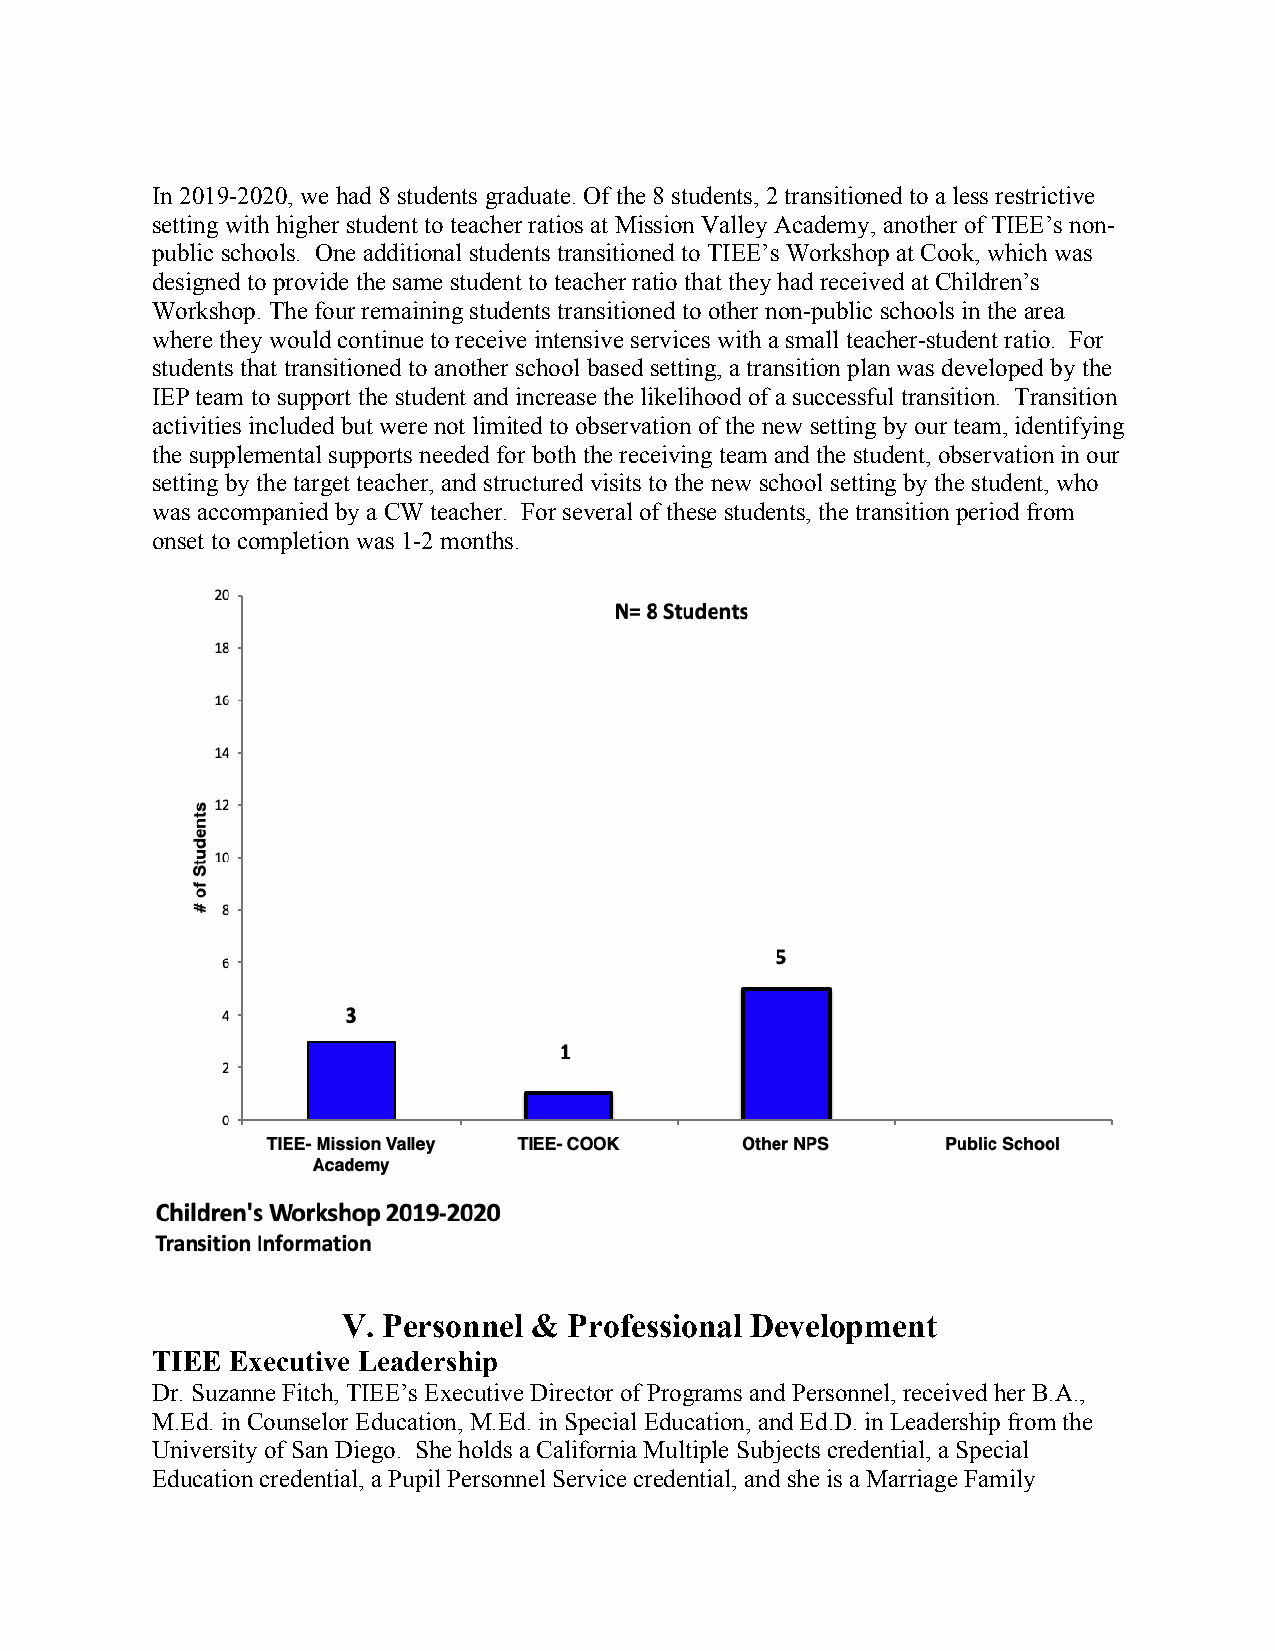
In 2019-2020, we had 8 students graduate. Of the 8 students, 2 transitioned to a less restrictive
 setting with higher student to teacher ratios at Mission Valley Academy, another of TIEE’s non-
 public schools. One additional students transitioned to TIEE’s Workshop at Cook, which was
 designed to provide the same student to teacher ratio that they had received at Children’s
 Workshop. The four remaining students transitioned to other non-public schools in the area
 where they would continue to receive intensive services with a small teacher-student ratio. For
 students that transitioned to another school based setting, a transition plan was developed by the
 IEP team to support the student and increase the likelihood of a successful transition. Transition
 activities included but were not limited to observation of the new setting by our team, identifying
 the supplemental supports needed for both the receiving team and the student, observation in our
 setting by the target teacher, and structured visits to the new school setting by the student, who
 was accompanied by a CW teacher. For several of these students, the transition period from
 onset to completion was 1-2 months.
 V. Personnel & Professional Development
 TIEE Executive Leadership
 Dr. Suzanne Fitch, TIEE’s Executive Director of Programs and Personnel, received her B.A.,
 M.Ed. in Counselor Education, M.Ed. in Special Education, and Ed.D. in Leadership from the
 University of San Diego. She holds a California Multiple Subjects credential, a Special
 Education credential, a Pupil Personnel Service credential, and she is a Marriage Family